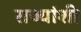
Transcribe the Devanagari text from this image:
राज्‍यांशी